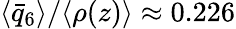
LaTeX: \langle\bar{q}_{6}\rangle/\langle\rho(z)\rangle\approx 0.226